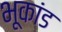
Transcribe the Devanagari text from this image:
भूकांड